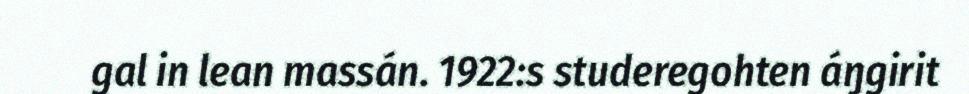
gal in lean massán. 1922:s studeregohten áŋgirit